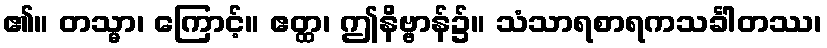
၏။ တသ္မာ၊ ကြောင့်။ ဧတ္ထ၊ ဤနိဗ္ဗာန်၌။ သံသာရစာရကသင်္ခါတဿ၊